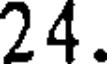
24.